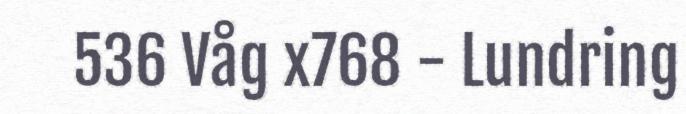
536 Våg x768 - Lundring